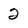
Character: 2